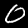
Digit: 0